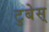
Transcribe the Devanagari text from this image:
टुबेस्